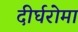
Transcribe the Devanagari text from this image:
दीर्घरोमा